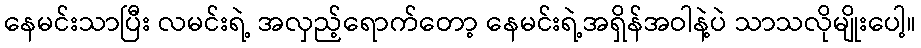
နေမင်းသာပြီး လမင်းရဲ့ အလှည့်ရောက်တော့ နေမင်းရဲ့အရှိန်အဝါနဲ့ပဲ သာသလိုမျိုးပေါ့။